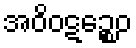
အဝိဝဋဉ္စေဝ